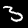
Digit: 3